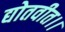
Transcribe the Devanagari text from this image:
द्योतवीत।।